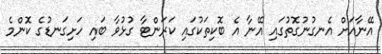
އޭނާއަށް އެނގުނުގޮތުގައި އޭނާ އެ ބޮކިތަކުގައި ކަރަންޓާ ގުޅުވާ ބައި ހަށިގަނޑުގެ ކޮންމެ